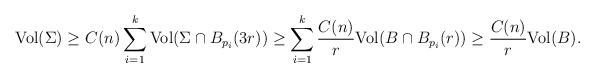
LaTeX: \begin{align*}{\rm Vol} (\Sigma )\geq C(n) \sum_{i=1}^{k} {\rm Vol} (\Sigma\cap B_{p_i}(3r) )\geq\sum_{ i=1}^{k}\frac{C(n)}{r}{\rm Vol} (B \cap B_{p_i}(r) )\geq \frac{C(n)}{r}{\rm Vol} (B ).\end{align*}